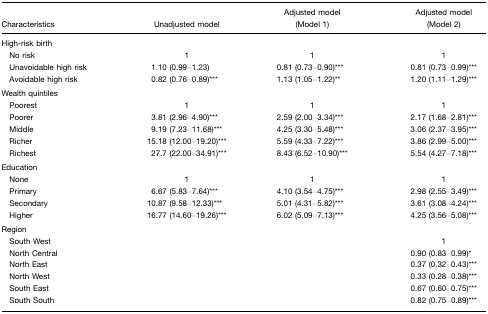
<table><thead><tr><td><b>Characteristics</b></td><td><b>Unadjusted model</b></td><td><b>Adjusted model(Model 1)</b></td><td><b>Adjusted model(Model 2)</b></td></tr></thead><tbody><tr><td>High-risk birth</td><td></td><td></td><td></td></tr><tr><td> No risk</td><td>1</td><td>1</td><td>1</td></tr><tr><td> Unavoidable high risk</td><td>1.10 (0.99–1.23)</td><td>0.81 (0.73–0.90)***</td><td>0.81 (0.73–0.99)***</td></tr><tr><td> Avoidable high risk</td><td>0.82 (0.76–0.89)***</td><td>1.13 (1.05–1.22)**</td><td>1.20 (1.11–1.29)***</td></tr><tr><td>Wealth quintiles</td><td></td><td></td><td></td></tr><tr><td> Poorest</td><td>1</td><td>1</td><td>1</td></tr><tr><td> Poorer</td><td>3.81 (2.96–4.90)***</td><td>2.59 (2.00–3.34)***</td><td>2.17 (1.68–2.81)***</td></tr><tr><td> Middle</td><td>9.19 (7.23–11.68)***</td><td>4.25 (3.30–5.48)***</td><td>3.06 (2.37–3.95)***</td></tr><tr><td> Richer</td><td>15.18 (12.00–19.20)***</td><td>5.59 (4.33–7.22)***</td><td>3.86 (2.99–5.00)***</td></tr><tr><td> Richest</td><td>27.7 (22.00–34.91)***</td><td>8.43 (6.52–10.90)***</td><td>5.54 (4.27–7.18)***</td></tr><tr><td>Education</td><td></td><td></td><td></td></tr><tr><td> None</td><td>1</td><td>1</td><td>1</td></tr><tr><td> Primary</td><td>6.67 (5.83–7.64)***</td><td>4.10 (3.54–4.75)***</td><td>2.98 (2.55–3.49)***</td></tr><tr><td> Secondary</td><td>10.87 (9.58–12.33)***</td><td>5.01 (4.31–5.82)***</td><td>3.61 (3.08–4.24)***</td></tr><tr><td> Higher</td><td>16.77 (14.60–19.26)***</td><td>6.02 (5.09–7.13)***</td><td>4.25 (3.56–5.08)***</td></tr><tr><td>Region</td><td></td><td></td><td></td></tr><tr><td> South West</td><td></td><td></td><td>1</td></tr><tr><td> North Central</td><td></td><td></td><td>0.90 (0.83–0.99)*</td></tr><tr><td> North East</td><td></td><td></td><td>0.37 (0.32–0.43)***</td></tr><tr><td> North West</td><td></td><td></td><td>0.33 (0.28–0.38)***</td></tr><tr><td> South East</td><td></td><td></td><td>0.67 (0.60–0.75)***</td></tr><tr><td> South South</td><td></td><td></td><td>0.82 (0.75–0.89)***</td></tr></tbody></table>